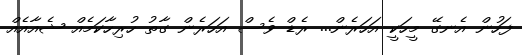
ފަހުން އެނގޭ މީހަކީ އަހަރެން... ރެޑް ވެސް އަހަރެން ގާތު ހުރިހާކަމެއް ޝެއާއެއް